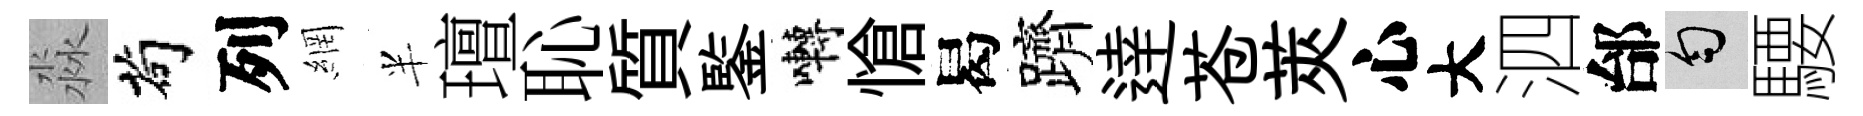
淼茍列網半璮恥質鍳囀愴曷躋逹苍莢心大泗邰匀騕